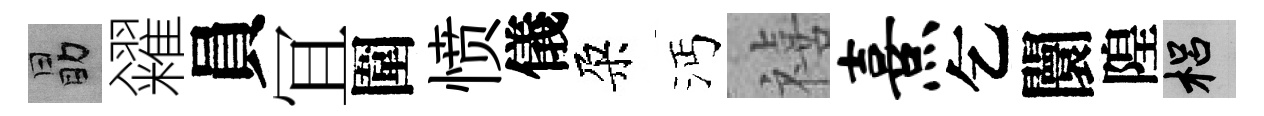
勗糴員冝圍愤儀朶沔禧熹乞闤隍梠